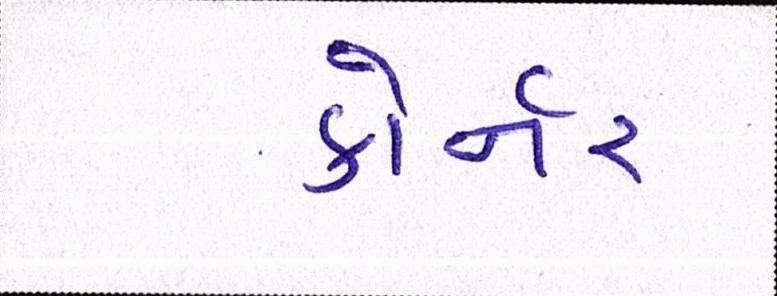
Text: કોર્નર